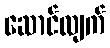
ဆောင်လျက်